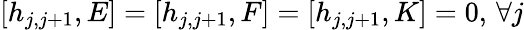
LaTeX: [h_{j,j+1},E]=[h_{j,j+1},F]=[h_{j,j+1},K]=0,\, \forall j